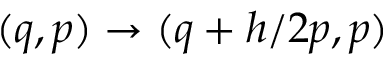
( \boldsymbol { q } , \boldsymbol { p } ) \rightarrow ( \boldsymbol { q } + h / 2 \boldsymbol { p } , \boldsymbol { p } )